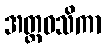
အတ္ထဝသိကာ